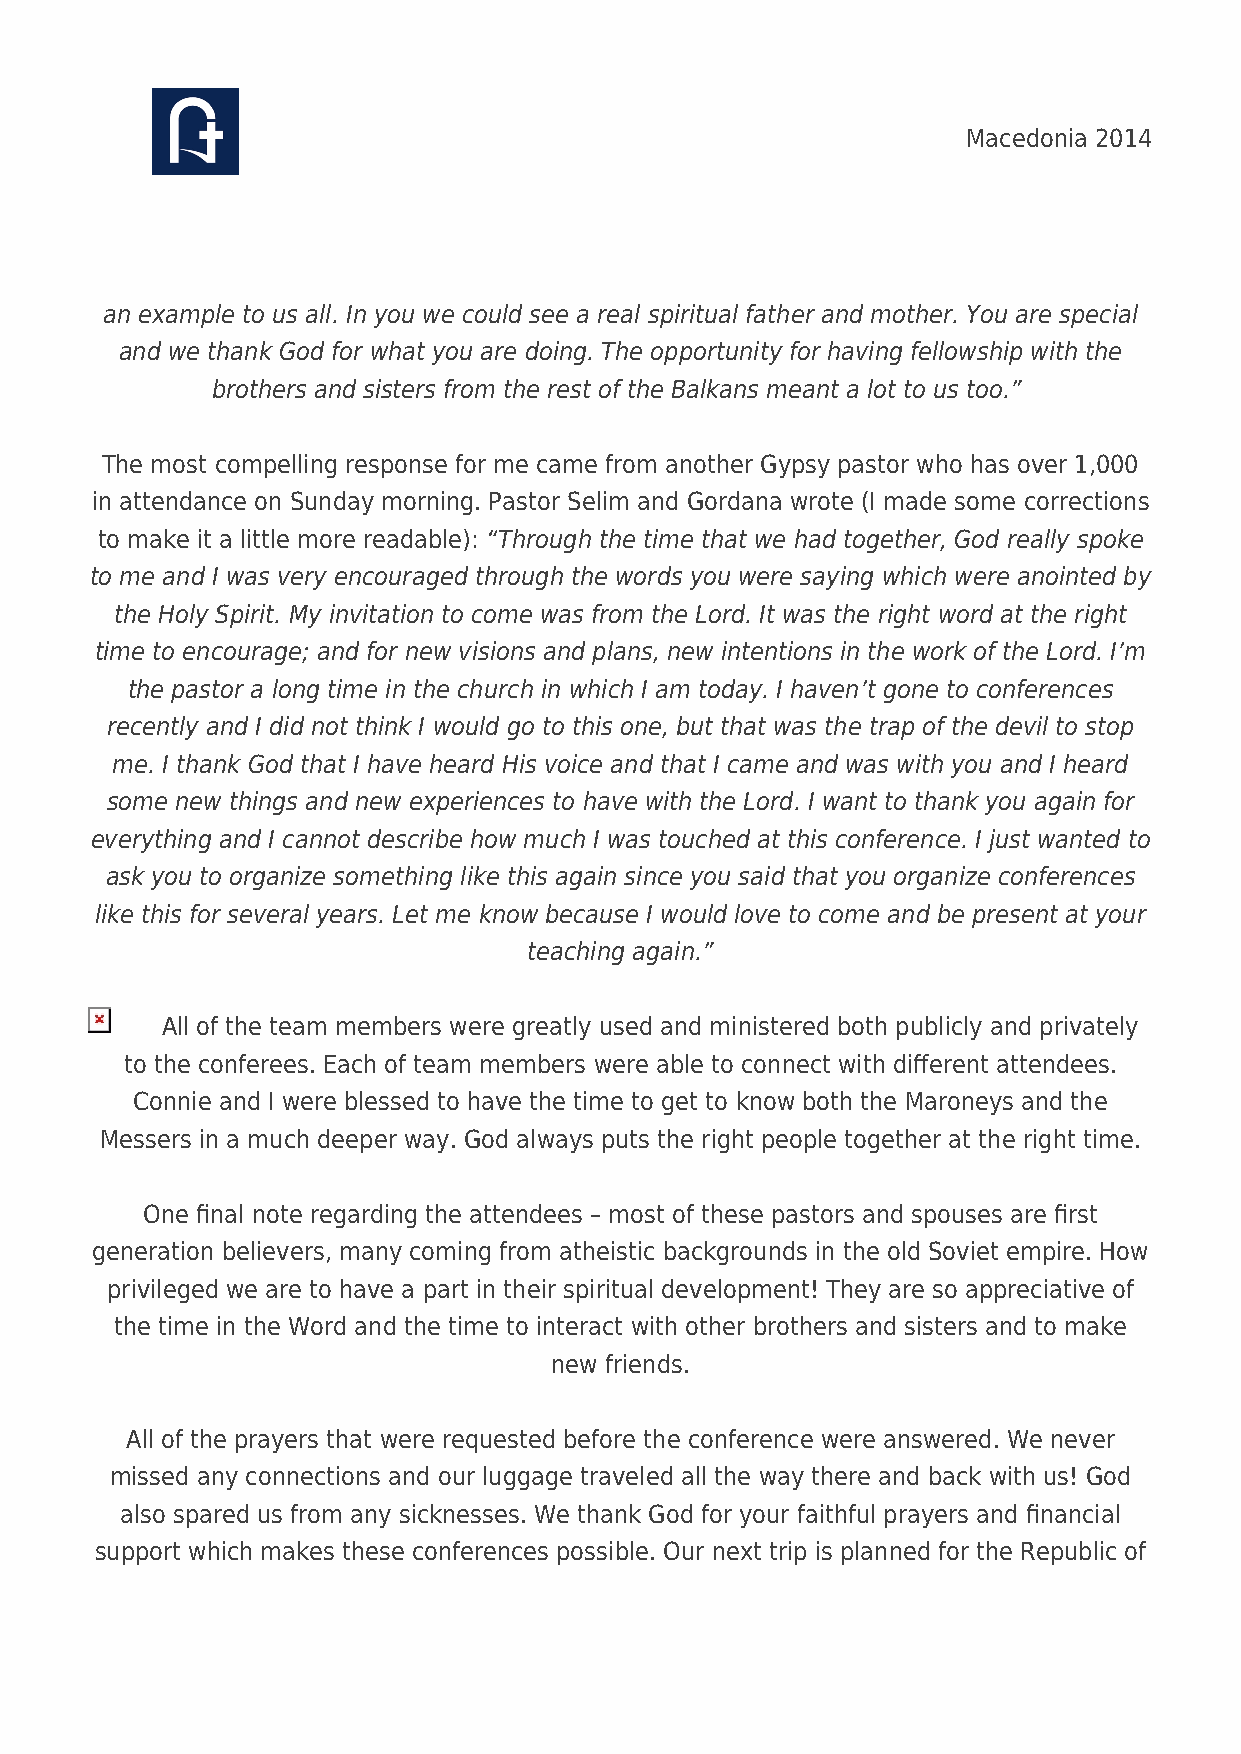
Macedonia 2014
 an example to us all. In you we could see a real spiritual father and mother. You are special
 and we thank God for what you are doing. The opportunity for having fellowship with the
 brothers and sisters from the rest of the Balkans meant a lot to us too.”
 The most compelling response for me came from another Gypsy pastor who has over 1,000
 in attendance on Sunday morning. Pastor Selim and Gordana wrote (I made some corrections
 to make it a little more readable): “Through the time that we had together, God really spoke
 to me and I was very encouraged through the words you were saying which were anointed by
 the Holy Spirit. My invitation to come was from the Lord. It was the right word at the right
 time to encourage; and for new visions and plans, new intentions in the work of the Lord. I’m
 the pastor a long time in the church in which I am today. I haven’t gone to conferences
 recently and I did not think I would go to this one, but that was the trap of the devil to stop
 me. I thank God that I have heard His voice and that I came and was with you and I heard
 some new things and new experiences to have with the Lord. I want to thank you again for
 everything and I cannot describe how much I was touched at this conference. I just wanted to
 ask you to organize something like this again since you said that you organize conferences
 like this for several years. Let me know because I would love to come and be present at your
 teaching again.”
 All of the team members were greatly used and ministered both publicly and privately
 to the conferees. Each of team members were able to connect with different attendees.
 Connie and I were blessed to have the time to get to know both the Maroneys and the
 Messers in a much deeper way. God always puts the right people together at the right time.
 One final note regarding the attendees – most of these pastors and spouses are first
 generation believers, many coming from atheistic backgrounds in the old Soviet empire. How
 privileged we are to have a part in their spiritual development! They are so appreciative of
 the time in the Word and the time to interact with other brothers and sisters and to make
 new friends.
 All of the prayers that were requested before the conference were answered. We never
 missed any connections and our luggage traveled all the way there and back with us! God
 also spared us from any sicknesses. We thank God for your faithful prayers and financial
 support which makes these conferences possible. Our next trip is planned for the Republic of